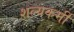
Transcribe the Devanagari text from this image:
शल्यकर्मी